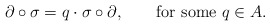
\begin{align*} \partial\circ\sigma=q\cdot\sigma\circ\partial,\qquad\text{for some $q\in A$.} \end{align*}